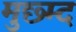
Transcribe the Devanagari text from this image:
मुछ्म्द